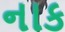
નાક